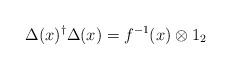
LaTeX: \begin{align*}\Delta(x)^\dagger \Delta(x) =f^{-1}(x) \otimes 1_2\end{align*}